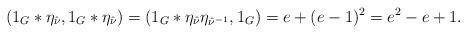
LaTeX: \begin{align*} (1_G * \eta_{\hat{\nu}}, 1_G * \eta_{\hat{\nu}} ) = (1_G * \eta_{\hat{\nu}}\eta_{\hat{\nu}^{-1}}, 1_G) = e + (e-1)^2 = e^2 - e + 1. \end{align*}